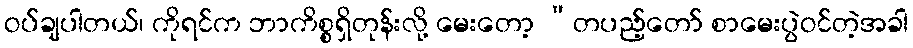
ဝပ်ချပါတယ်၊ ကိုရင်က ဘာကိစ္စရှိတုန်းလို့ မေးတော့ “တပည့်တော် စာမေးပွဲဝင်တဲ့အခါ